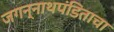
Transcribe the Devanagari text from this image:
जगन्‍नाथपंडिताचा